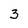
Character: 3